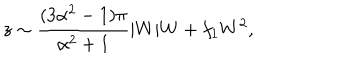
z \sim \frac { ( 3 \alpha ^ { 2 } - 1 ) \pi } { \alpha ^ { 2 } + 1 } | W | W + f _ { 1 } W ^ { 2 } ,